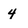
Character: 4